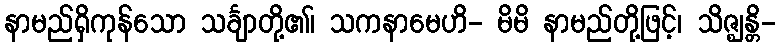
နာမည်ရှိကုန်သော သင်္ချာတို့၏၊ သကနာမေဟိ- မိမိ နာမည်တို့ဖြင့်၊ သိဇ္ဈန္တိ-